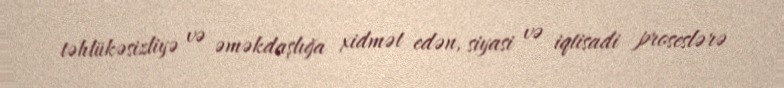
təhlükəsizliyə və əməkdaşlığa xidmət edən, siyasi və iqtisadi proseslərə